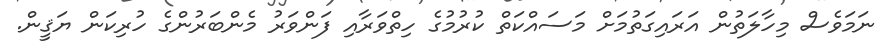
ނަމަވެސް މިހާލަތުން އަރައިގަތުމަށް މަސައްކަތް ކުރުމުގެ ހިތްވަރާއި ފަންވަރު މެންބަރުންގެ ހުރިކަން ޔަޤީން.